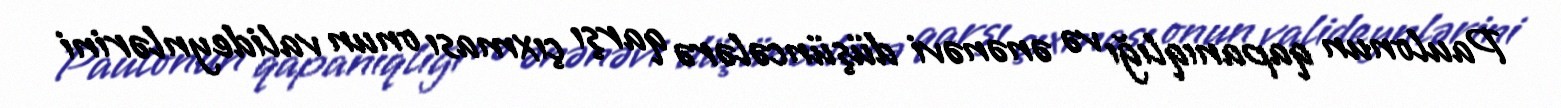
Paulonun qapanıqlığı və ənənəvi düşüncələrə qarşı çıxması onun valideynlərini